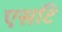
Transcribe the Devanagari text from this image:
एसटि